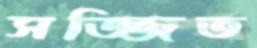
সজ্জিত